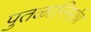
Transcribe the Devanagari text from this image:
पुतळानिर्माण